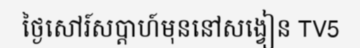
ថ្ងៃសៅរ៍សប្តាហ៍មុននៅសង្វៀន TV5